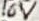
Text: 16V